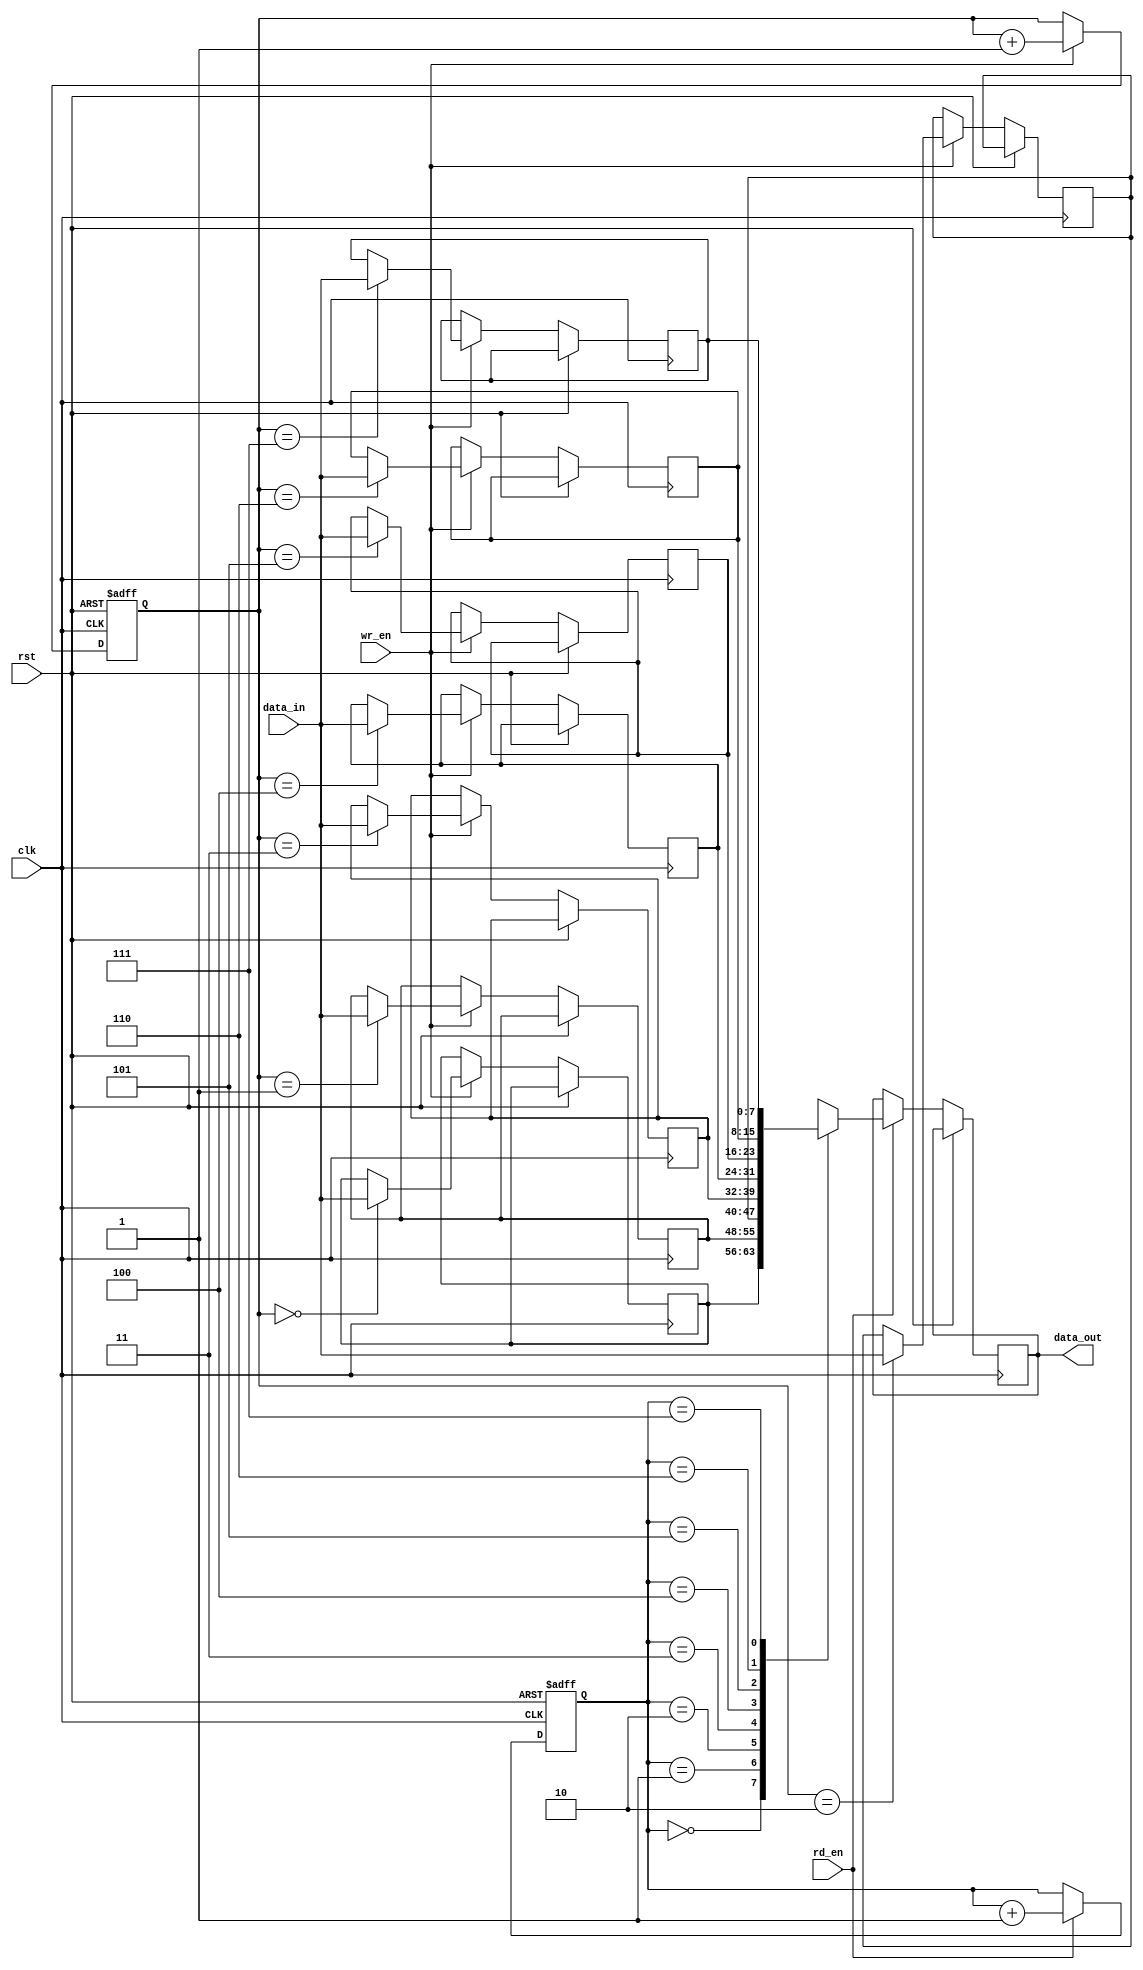
module fifo_buffer (
    input wire clk,
    input wire rst,
    input wire wr_en,
    input wire rd_en,
    input wire [7:0] data_in,
    output reg [7:0] data_out
);

reg [7:0] fifo_mem [0:7];
reg [2:0] wr_ptr;
reg [2:0] rd_ptr;

always @(posedge clk or posedge rst) begin
    if (rst) begin
        wr_ptr <= 0;
        rd_ptr <= 0;
    end else begin
        if (wr_en) begin
            fifo_mem[wr_ptr] <= data_in;
            wr_ptr <= wr_ptr + 1;
        end
        if (rd_en) begin
            data_out <= fifo_mem[rd_ptr];
            rd_ptr <= rd_ptr + 1;
        end
    end
end

endmodule